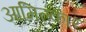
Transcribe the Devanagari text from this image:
आमिल्कार